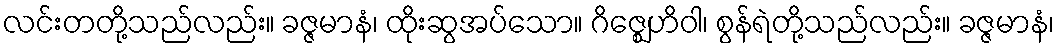
လင်းတတို့သည်လည်း။ ခဇ္ဇမာနံ၊ ထိုးဆွအပ်သော။ ဂိဇ္ဈေဟိဝါ၊ စွန်ရဲတို့သည်လည်း။ ခဇ္ဇမာနံ၊